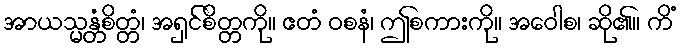
အာယသ္မန္တံစိတ္တံ၊ အရှင်စိတ္တကို။ ဧတံ ဝစနံ၊ ဤစကားကို။ အဝေါစ၊ ဆို၏။ ကိံ